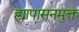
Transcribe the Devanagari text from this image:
ह्यापासूनमुक्त